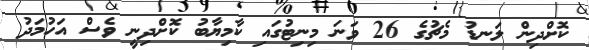
ކޮށްދިން ލަނޑު މެޗުގެ 26 ވަނަ މިނިޓުގައި ކާމިޔާބު ކޮށްދިނީ ވެސް އަހުމަދު